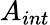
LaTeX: A_{int}